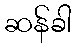
ဆန်ခါ